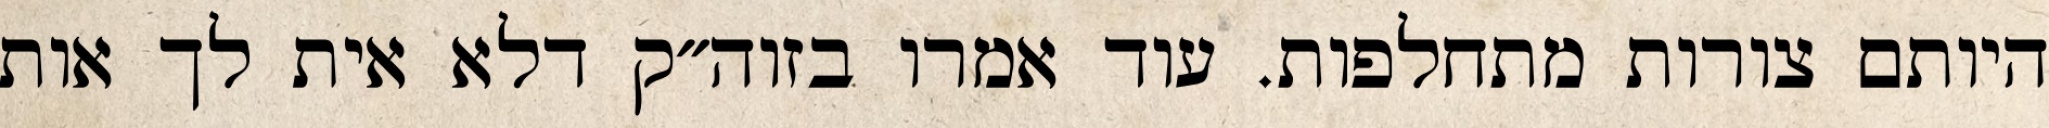
היותם צורות מתחלפות. עוד אמרו בזוה״ק דלא אית לך אות